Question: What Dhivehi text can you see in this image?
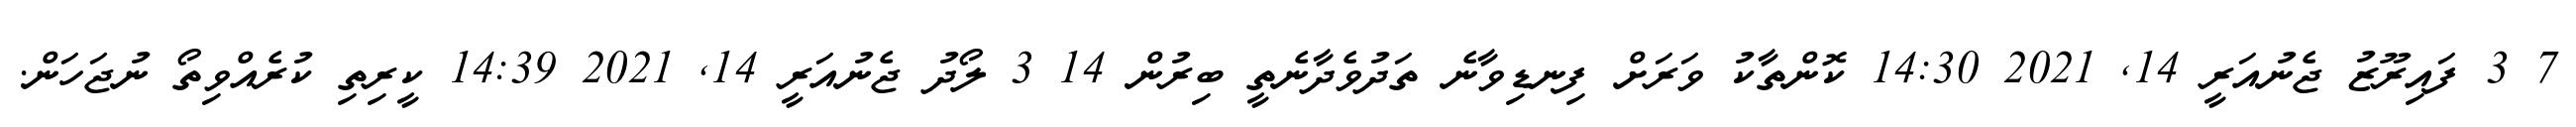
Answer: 7 3 ފައިރޫޒު ޖެނުއަރީ 14, 2021 14:30 ކޮންތާކު ވަރަށް ފިނޑިވާނެ ތަދުވެދާނެތީ ބިރުން 14 3 ލޯދު ޖެނުއަރީ 14, 2021 14:39 ކީރިތި ކުރެއްވިތޯ ނުޖަހަން.